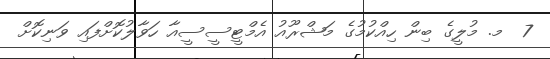
7  މ. މުލީގެ ބިން ހިއްކުމުގެ މަޝްރޫއު އެމްޓީސީސީއާ ހަވާލުކޮށްފައި ވަނިކޮށް